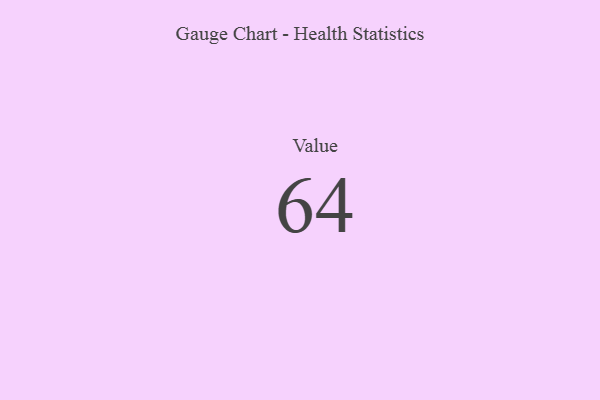
{"axis": {"x": "Metric", "y": "Value"}, "legend": [""], "data": [{"x": "Value", "y": 64, "type": ""}]}